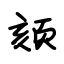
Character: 颏